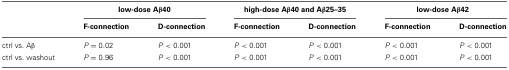
<table><thead><tr><td></td><td colspan="2"><b>low-dose Aβ40</b></td><td colspan="2"><b>high-dose Aβ40 and Aβ 25–35</b></td><td colspan="2"><b>low-dose Aβ42</b></td></tr><tr><td></td><td><b>F-connection</b></td><td><b>D-connection</b></td><td><b>F-connection</b></td><td><b>D-connection</b></td><td><b>F-connection</b></td><td><b>D-connection</b></td></tr></thead><tbody><tr><td>ctrl vs. Aβ</td><td><i>P</i> = 0.02</td><td><i>P</i> &lt; 0.001</td><td><i>P</i> &lt; 0.001</td><td><i>P</i> &lt; 0.001</td><td><i>P</i> &lt; 0.001</td><td><i>P</i> &lt; 0.001</td></tr><tr><td>ctrl vs. washout</td><td><i>P</i> = 0.96</td><td><i>P</i> &lt; 0.001</td><td><i>P</i> &lt; 0.001</td><td><i>P</i> &lt; 0.001</td><td><i>P</i> &lt; 0.001</td><td><i>P</i> &lt; 0.001</td></tr></tbody></table>